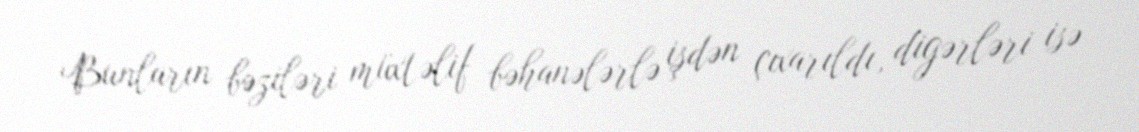
Bunların bəziləri müxtəlif bəhanələrlə işdən çıxarıldı, digərləri isə